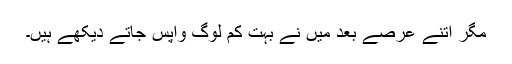
مگر اتنے عرصے بعد میں نے بہت کم لوگ واپس جاتے دیکھے ہیں۔